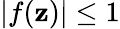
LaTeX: |f(\mathbf{z})|\leq1